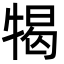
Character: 㹇